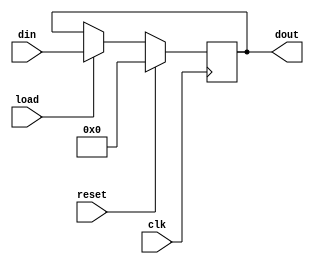
/**
 * Register.
 *
 */

module register #(parameter WIDTH = 32,         // Bits of the register.
                  parameter INITIAL_VALUE = 0)  // Initial value of the register.
                 (input wire clk,               // Clock.
                  input wire reset,             // 1 -> register = 0.
                  input wire load,              // Overwrite data; 1 -> yes, 0 -> no.
                  input wire [WIDTH-1:0] din,   // Input.
                  output reg [WIDTH-1:0] dout); // Output.
    
    initial begin
        dout <= INITIAL_VALUE;
    end

    always @(posedge clk) begin
        if (reset) begin
            dout <= INITIAL_VALUE;
        end
        else if (load) begin
            dout <= din;
        end
    end
    
endmodule